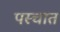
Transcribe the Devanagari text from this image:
पस्चात